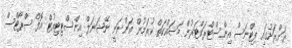
ރަށްރަށުގައި ފިޓްނަސް އިންސްޓްރަކްޓަރުން މަސައްކަތް ކުރަމުން އަންނަނީ ނޭޝަނަލް އިންސްޓިޓިއުޓް އޮފް ސްޕޯޓްސް